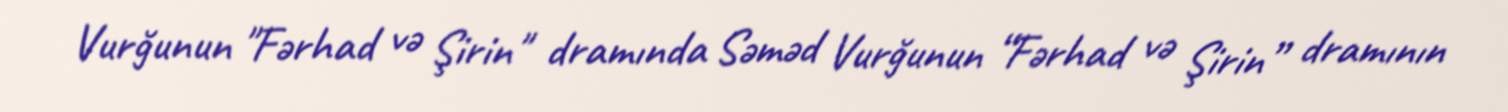
Vurğunun "Fərhad və Şirin" dramında Səməd Vurğunun “Fərhad və Şirin” dramının